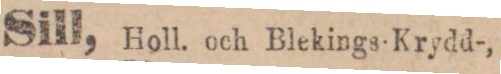
Sill, Holl. och Blekings-Krydd-,